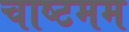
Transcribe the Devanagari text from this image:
चाष्टमम